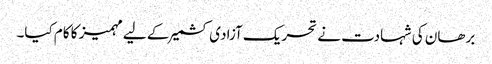
برھان کی شہادت نے تحریک آزادی کشمیر کے لیے مہمیز کا کام کیا۔